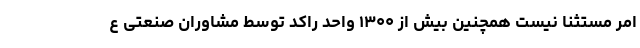
امر مستثنا نیست همچنین بیش از ۱۳۰۰ واحد راکد توسط مشاوران صنعتی ع